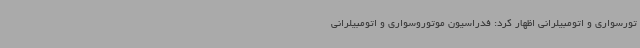
تورسواری و اتومبیلرانی اظهار کرد: فدراسیون موتوروسواری و اتومبیلرانی